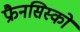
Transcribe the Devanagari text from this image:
फ्रैनसिस्को